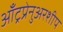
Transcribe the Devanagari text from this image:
आँट्रप्रेनुअरशीप